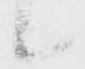
候